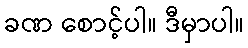
ခဏ စောင့်ပါ။ ဒီမှာပါ။